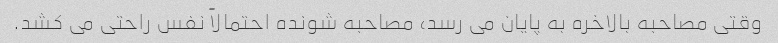
وقتی مصاحبه بالاخره به پایان می رسد، مصاحبه شونده احتمالاً نفس راحتی می کشد.